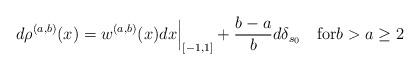
LaTeX: \begin{align*}d\rho^{(a,b)}(x)=w^{(a,b)}(x)dx\Bigr|_{[-1,1]} + \frac{b-a}{b} d\delta_{s_0} \quad{\rm for}b> a\ge 2\end{align*}